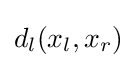
d_{l}(x_{l},x_{r})